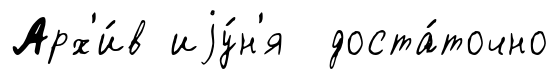
Арх'и́в иjу́н'я доста́точно